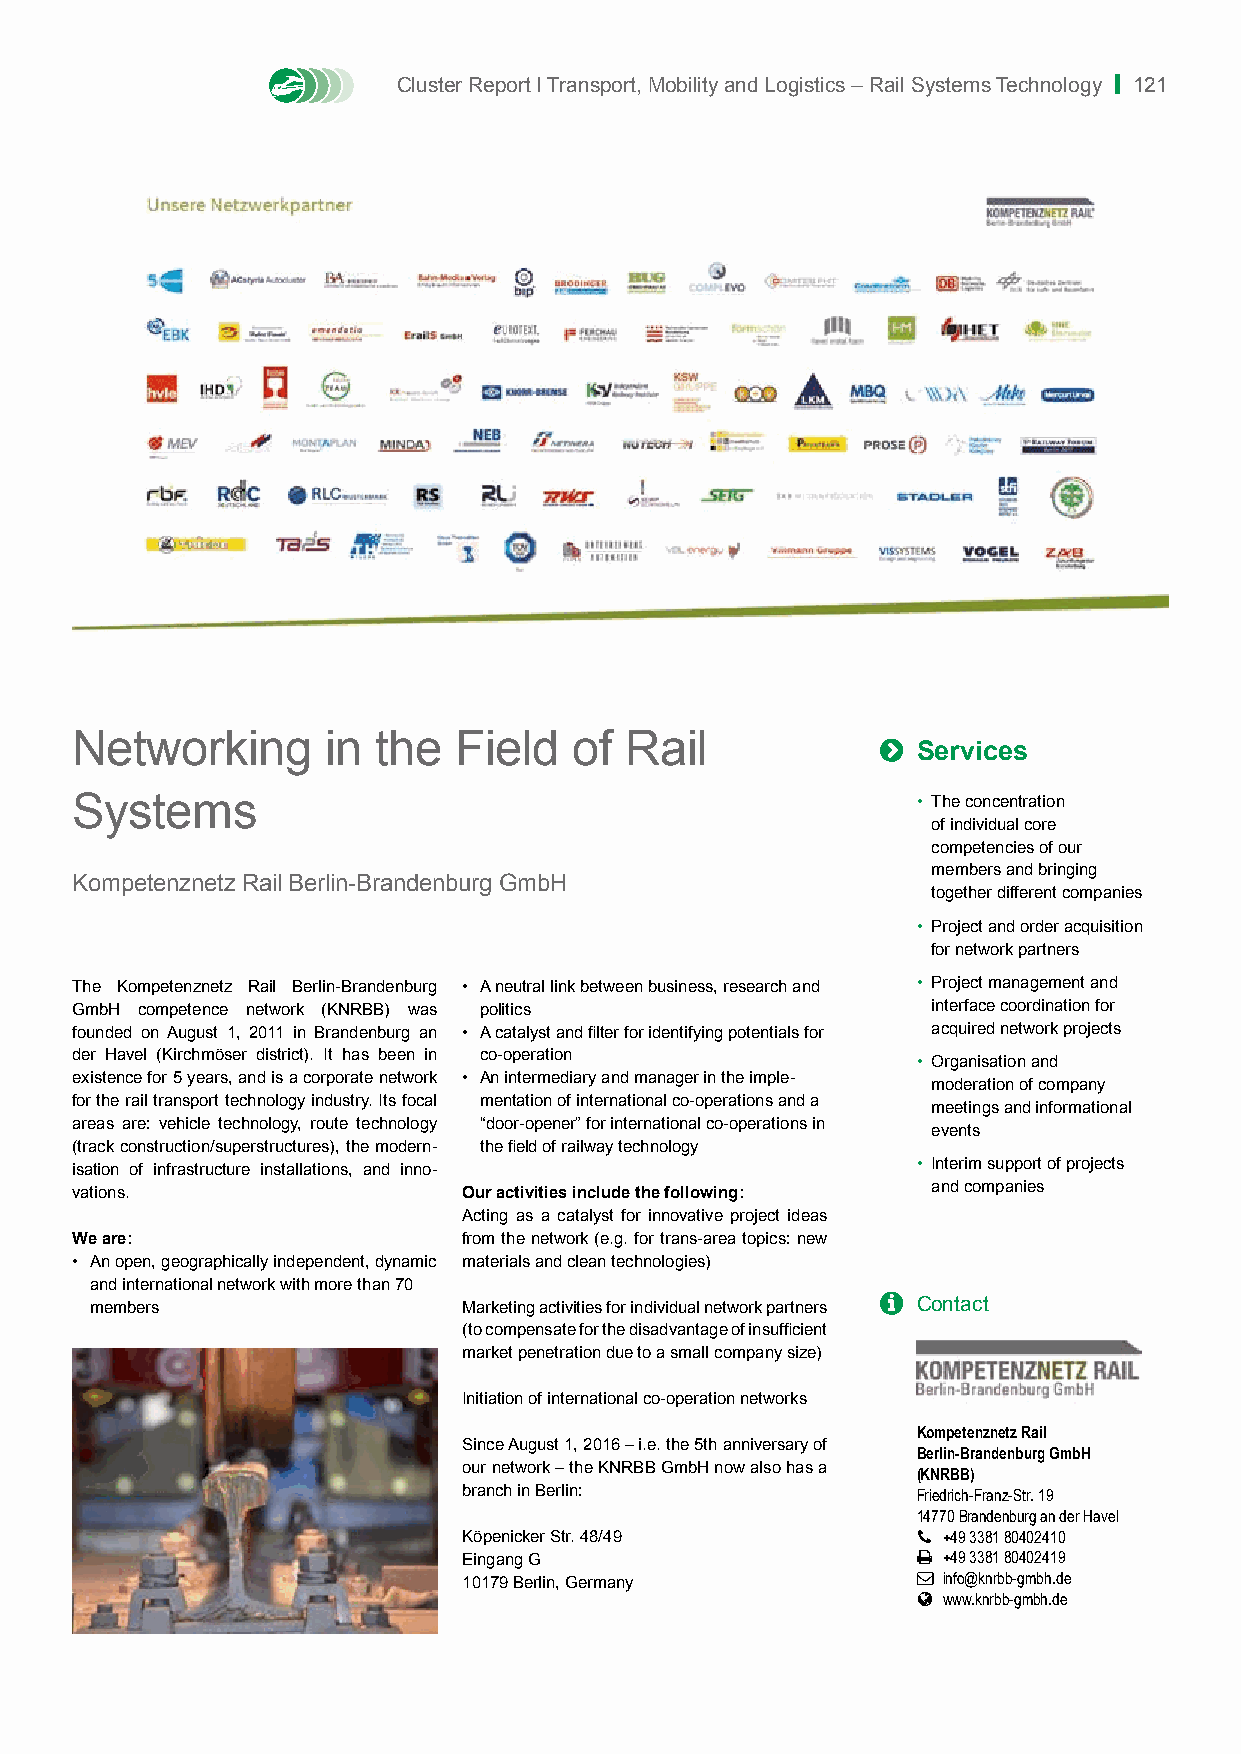
Cluster Report I Transport, Mobility and Logistics – Rail Systems Technology | 121
 Networking       in the  Field   of Rail             
 Services
 Systems                                                 • The concentration
 of individual core
 competencies of our
 members and bringing
 Kompetenznetz Rail Berlin-Brandenburg GmbH
 together different companies
 • Project and order acquisition
 for network partners
 The Kompetenznetz Rail Berlin-Brandenburg • A neutral link between business, research and • Project management and
 GmbH competence network (KNRBB) was politics             interface coordination for
 founded on August 1, 2011 in Brandenburg an • A catalyst and filter for identifying potentials for acquired network projects
 der Havel (Kirchmöser district). It has been in co-operation
 • Organisation and
 existence for 5 years, and is a corporate network • An intermediary and manager in the imple-
 moderation of company
 for the rail transport technology industry. Its focal mentation of international co-operations and a
 meetings and informational
 areas are: vehicle technology, route technology “door-opener” for international co-operations in
 events
 (track construction/superstructures), the modern- the field of railway technology
 isation of infrastructure installations, and inno-      • Interim support of projects
 vations.                  Our activities include the following: and companies
 Acting as a catalyst for innovative project ideas
 We are:                   from the network (e.g. for trans-area topics: new
 • An open, geographically independent, dynamic materials and clean technologies)
 and international network with more than 70
 members                  Marketing activities for individual network partners  Contact
 (to compensate for the disadvantage of insufficient
 market penetration due to a small company size)
 Initiation of international co-operation networks
 Kompetenznetz Rail
 Since August 1, 2016 – i.e. the 5th anniversary of
 Berlin-Brandenburg GmbH
 our network – the KNRBB GmbH now also has a (KNRBB)
 branch in Berlin:             Friedrich-Franz-Str. 19
 14770 Brandenburg an der Havel
 Köpenicker Str. 48/49          +49 3381 80402410
 Eingang G                      +49 3381 80402419
 10179 Berlin, Germany          info@knrbb-gmbh.de
  www.knrbb-gmbh.de